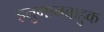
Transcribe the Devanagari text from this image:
हनुमानबाहुक